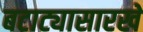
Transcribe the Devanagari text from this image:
बटाट्यासारखे